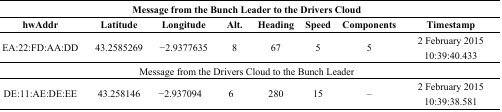
| <COLSPAN=8> Message from the Bunch Leader to the Drivers Cloud |
 | hwAddr | Latitude | Longitude | Alt. | Heading | Speed | Components | Timestamp |
 | --- | --- | --- | --- | --- | --- | --- | --- |
 | EA:22:FD:AA:DD | 43.2585269 | −2.9377635 | 8 | 67 | 5 | 5 | 2 February 2015 10:39:40.433 |
 | <COLSPAN=8> Message from the Drivers Cloud to the Bunch Leader |
 | DE:11:AE:DE:EE | 43.258146 | −2.937094 | 6 | 280 | 15 | – | 2 February 2015 10:39:38.581 |